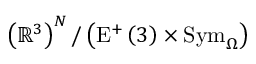
\left( \mathbb { R } ^ { 3 } \right) ^ { N } / \left( \mathrm { E } ^ { + } \left( 3 \right) \times \mathrm { S y m } _ { \Omega } \right)